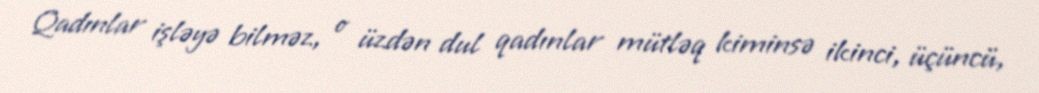
Qadınlar işləyə bilməz, o üzdən dul qadınlar mütləq kiminsə ikinci, üçüncü,